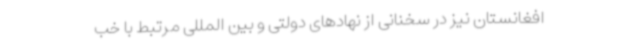
افغانستان نیز در سخنانی از نهادهای دولتی و بین المللی مرتبط با خب